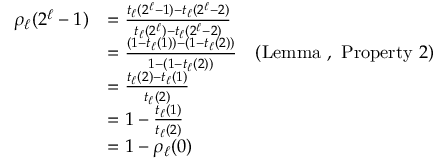
\begin{array} { r l r } { \rho _ { \ell } ( 2 ^ { \ell } - 1 ) } & { = \frac { t _ { \ell } ( 2 ^ { \ell } - 1 ) - t _ { \ell } ( 2 ^ { \ell } - 2 ) } { t _ { \ell } ( 2 ^ { \ell } ) - t _ { \ell } ( 2 ^ { \ell } - 2 ) } } \\ & { = \frac { ( 1 - t _ { \ell } ( 1 ) ) - ( 1 - t _ { \ell } ( 2 ) ) } { 1 - ( 1 - t _ { \ell } ( 2 ) ) } } & { \left( \mathrm { L e m m a ~ , ~ P r o p e r t y ~ } 2 \right) } \\ & { = \frac { t _ { \ell } ( 2 ) - t _ { \ell } ( 1 ) } { t _ { \ell } ( 2 ) } } \\ & { = 1 - \frac { t _ { \ell } ( 1 ) } { t _ { \ell } ( 2 ) } } \\ & { = 1 - \rho _ { \ell } ( 0 ) } \end{array}